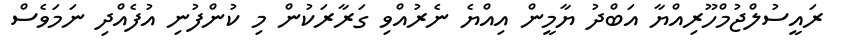
ރައީސުލްޖުމްހޫރިއްޔާ އަބްދު ޔާމީން އިއްޔެ ނެރުއްވި ގަރާރަކުން މި ކުންފުނި އުފެއްދި ނަމަވެސް